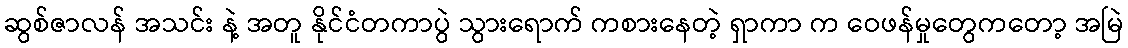
ဆွစ်ဇာလန် အသင်း နဲ့ အတူ နိုင်ငံတကာပွဲ သွားရောက် ကစားနေတဲ့ ရှာကာ က ဝေဖန်မှုတွေကတော့ အမြဲ